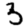
Digit: 3